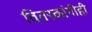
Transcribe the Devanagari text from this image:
वितरकांनीही